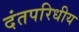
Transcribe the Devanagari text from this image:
दंतपरिधीय